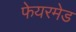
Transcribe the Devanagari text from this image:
फेयरमेड